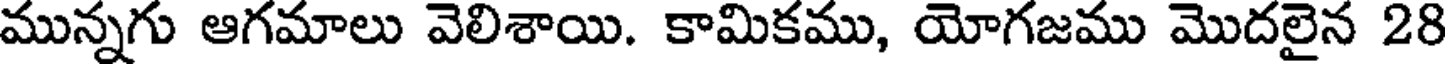
మున్నగు ఆగమాలు వెలిశాయి. కామికము, యోగజము మొదలైన 28